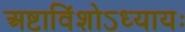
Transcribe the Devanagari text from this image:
अष्टाविंशोऽध्यायः